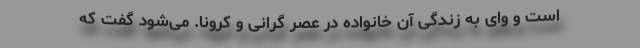
است و وای به زندگی آن خانواده در عصر گرانی و کرونا. می‌شود گفت که